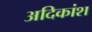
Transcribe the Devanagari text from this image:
अदिकांश